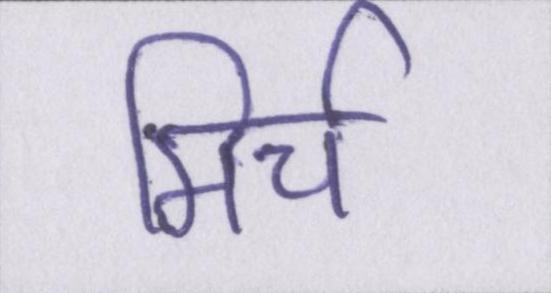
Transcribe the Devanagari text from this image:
मिर्च